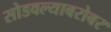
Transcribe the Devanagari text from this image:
सोडवल्याबरोबर